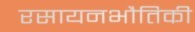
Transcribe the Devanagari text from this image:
रसायनभौतिकी